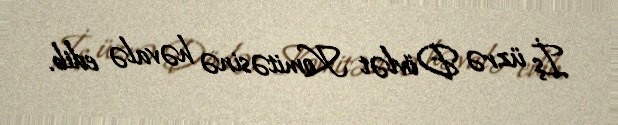
İş üzrə Dövlət Komitəsinə həvalə edib.